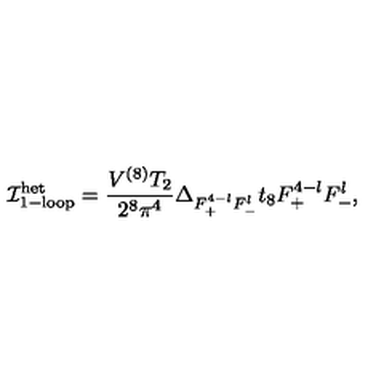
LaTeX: { { \cal I } } _ { \mathrm { 1 - l o o p } } ^ { \mathrm { h e t } } = \frac { V ^ { ( 8 ) } T _ { 2 } } { 2 ^ { 8 } \pi ^ { 4 } } \Delta _ { F _ { + } ^ { 4 - l } F _ { - } ^ { l } } t _ { 8 } F _ { + } ^ { 4 - l } F _ { - } ^ { l } ,